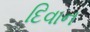
દિવાન